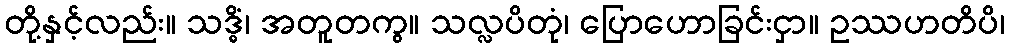
တို့နှင့်လည်း။ သဒ္ဓိံ၊ အတူတကွ။ သလ္လပိတုံ၊ ပြောဟောခြင်းငှာ။ ဥဿဟတိပိ၊